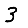
Digit: 3